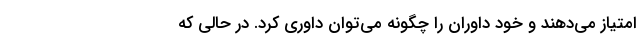
امتیاز می‌دهند و خود داوران را چگونه می‌توان داوری کرد. در حالی که